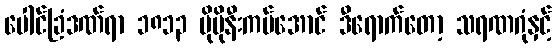
ပေါင်ခြံဒဏ်ရာ ၁၈၁၃ ပိုမိုနီးကပ်အောင် ဒီရောက်တော့ သရဏဂုံနှင့်